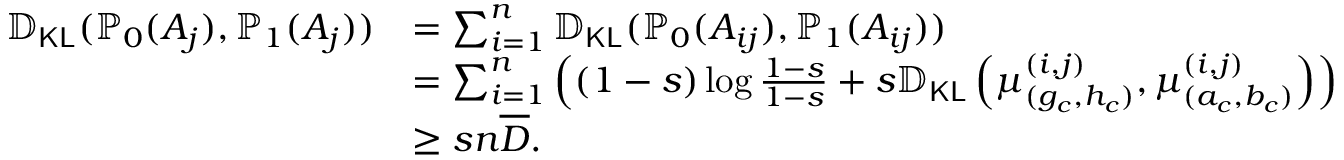
\begin{array} { r l } { \mathbb { D } _ { \mathsf { K L } } ( \mathbb { P } _ { 0 } ( A _ { j } ) , \mathbb { P } _ { 1 } ( A _ { j } ) ) } & { = \sum _ { i = 1 } ^ { n } \mathbb { D } _ { \mathsf { K L } } ( \mathbb { P } _ { 0 } ( A _ { i j } ) , \mathbb { P } _ { 1 } ( A _ { i j } ) ) } \\ & { = \sum _ { i = 1 } ^ { n } \left( ( 1 - s ) \log \frac { 1 - s } { 1 - s } + s \mathbb { D } _ { \mathsf { K L } } \left( \boldsymbol { \mu } _ { ( g _ { c } , h _ { c } ) } ^ { ( i , j ) } , \boldsymbol { \mu } _ { ( a _ { c } , b _ { c } ) } ^ { ( i , j ) } \right) \right) } \\ & { \geq s n \overline { { D } } . } \end{array}